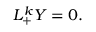
L _ { + } ^ { k } Y = 0 .